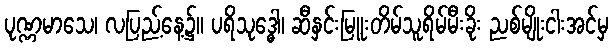
ပုဏ္ဏမာသေ၊ လပြည့်နေ့၌။ ပရိသုဒ္ဓေါ၊ ဆီနှင်းမြူးတိမ်သူရိမ်မီးခိုး ညစ်မျိုးငါးအင်မှ